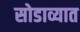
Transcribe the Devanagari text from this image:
सोडाव्यात